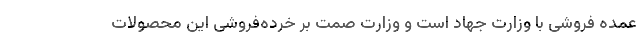
عمده فروشی با وزارت جهاد است و وزارت صمت بر خرده‌فروشی این محصولات